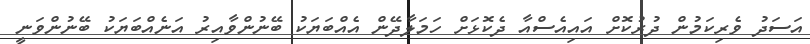
އަސަދު ވެރިކަމުން ދުރުކޮށް އައިއެސްއާ ދެކޮޅަށް ހަމަލާދޭން އެއްބަޔަކު ބޭނުންވާއިރު އަނެއްބަޔަކު ބޭނުންވަނީ